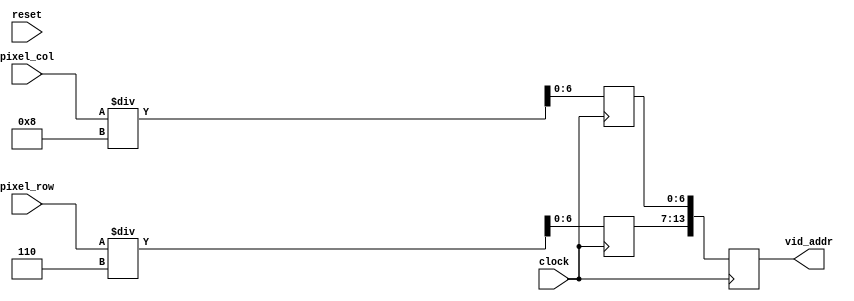
`timescale 1ns / 1ps
//////////////////////////////////////////////////////////////////////////////////
// Scale.v
// Project Name: Wireless Crop Care
// Target Devices: Nexys4 DDR
// March 20th, 2018
// Rahul Marathe, Kiyasul Arif ,Abhishek Memane, Shubham Lokhande
// Group 5
// 
//////////////////////////////////////////////////////////////////////////////////


module scale(input clock,                                 // Clock Input 75 Mhz
             input reset,                                 // CPU RESET ACTIVE LOW
             input [11:0] pixel_row,pixel_col,            // 12 Bit Row and Column Pixels from DTG
             output reg [13:0] vid_addr                   // 14 bit Ouput is {Row[6:0],Col[6:0]}
    );
    
             reg [6:0] pixel_column_d;                    // Reg to hold Ouptut Row Value
             reg [6:0] pixel_row_d;                       // Reg to hold Ouptut Column Value
             
             always@(posedge clock)                       // Scale at every Posedge of Clock
             begin
             pixel_column_d <= pixel_col/8;               // Divide Column Address by 8 to Scale to 128(1024)
             pixel_row_d    <= pixel_row/6;               // Divide Row Address by 6 to Scale to 128(768)
             vid_addr <= {pixel_row_d,pixel_column_d};
             end
endmodule